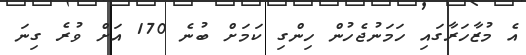
އެ މުޒާހަރާގައި ހަމަނުޖެހުން ހިންގި ކަމަށް ބުނެ 170 އަށް ވުރެ ގިނަ